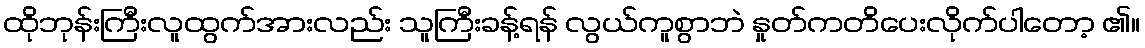
ထိုဘုန်းကြီးလူထွက်အားလည်း သူကြီးခန့်ရန် လွယ်ကူစွာဘဲ နှုတ်ကတိပေးလိုက်ပါတော့ ၏။